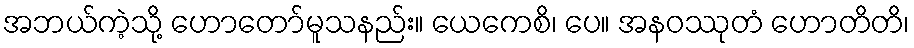
အဘယ်ကဲ့သို့ ဟောတော်မူသနည်း။ ယေကေစိ၊ ပေ။ အနဝဿုတံ ဟောတိတိ၊